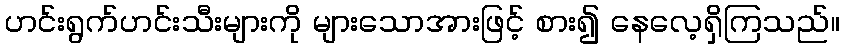
ဟင်းရွက်ဟင်းသီးများကို များသောအားဖြင့် စား၍ နေလေ့ရှိကြသည်။